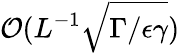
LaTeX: \mathcal O(L^{-1}\sqrt{\Gamma/\epsilon\gamma})